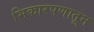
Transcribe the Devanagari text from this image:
भिकारपणातून